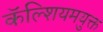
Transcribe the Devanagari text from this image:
कॅल्शियमयुक्त